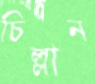
চিল্লান